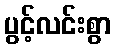
ပွင့်လင်းစွာ